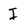
Character: I